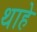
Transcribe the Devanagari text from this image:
थाहे